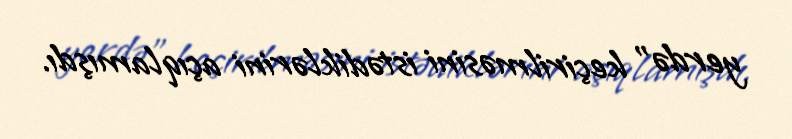
yerdə” keçirilməsini istədiklərini açıqlamışdı.